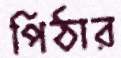
পিঠার